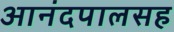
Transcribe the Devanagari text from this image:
आनंदपालसह